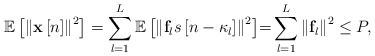
\begin{align*} {\mathbb{E}}\left[ {{{\left\| {{\bf{x}}\left[ n \right]} \right\|}^2}} \right] = \sum\limits_{l = 1}^L {{\mathbb{E}}\left[ {{{\left\| {{{\bf{f}}_l}s\left[ {n - {\kappa_l}} \right]} \right\|}^2}} \right]} {\rm =} \sum\limits_{l = 1}^L {{{\left\| {{{\bf{f}}_l}} \right\|}^2}} \le P, \end{align*}